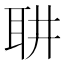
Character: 䎴